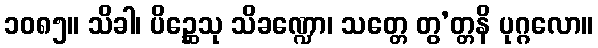
၁၀၈၅။ သိခါ၊ ပိဉ္ဆေသု သိခဏ္ဍော၊ သတ္တေ တွ’တ္တနိ ပုဂ္ဂလော။